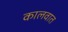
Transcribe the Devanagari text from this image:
कालवात